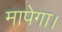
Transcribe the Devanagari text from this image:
मापेगा।